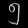
Digit: ၅